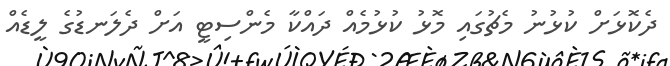
ދެކޮޅަށް ކުޅުނު މެޗުގައި މޮޅު ކުޅުމެއް ދައްކާ މެންސިޓީ އަށް ދެލަނޑުގެ ލީޑެއް